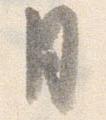
月